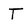
Character: T